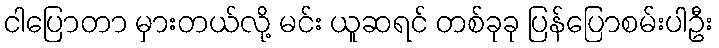
ငါပြောတာ မှားတယ်လို့ မင်း ယူဆရင် တစ်ခုခု ပြန်ပြောစမ်းပါဦး